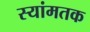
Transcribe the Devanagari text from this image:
स्यांमतक